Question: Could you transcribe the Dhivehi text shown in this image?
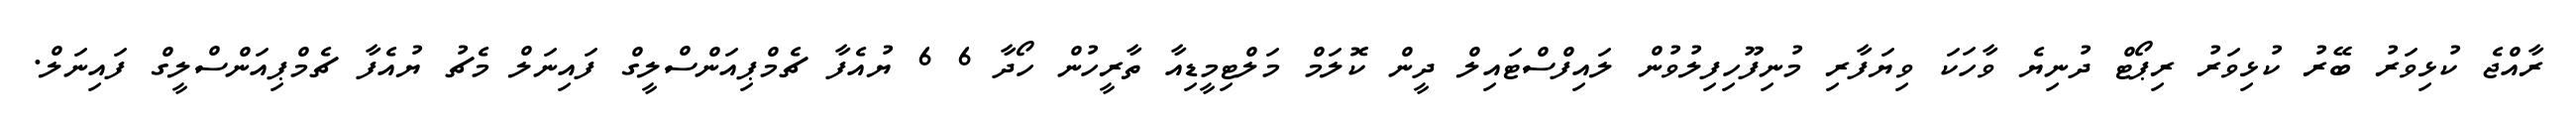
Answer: ރާއްޖެ ކުޅިވަރު ބޭރު ކުޅިވަރު ރިޕޯޓް ދުނިޔެ ވާހަކަ ވިޔަފާރި މުނިފޫހިފިލުވުން ލައިފްސްޓައިލް ދީން ކޮލަމް މަލްޓިމީޑިއާ ތާރީހުން ހޯދާ 6 6 ޔުއެފާ ޗެމްޕިއަންސްލީގް ފައިނަލް މެޗު ޔުއެފާ ޗެމްޕިއަންސްލީގް ފައިނަލް.